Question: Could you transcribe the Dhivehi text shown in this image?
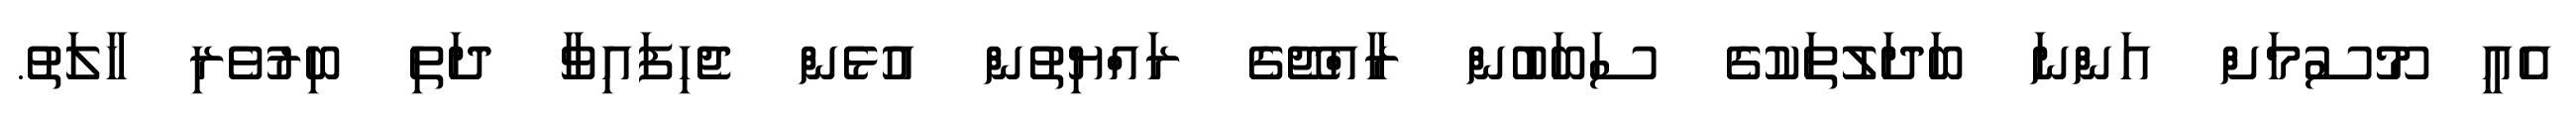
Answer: އެއީ މޫސުމަށް އަންނަ ބަދަލުތަކުގެ ސަބަބުން ރާއްޖޭގެ ރައްޔިތުން އުޅެން ޖެހިފައިވާ ދަތި ބިރުވެރި ހާލަތު.